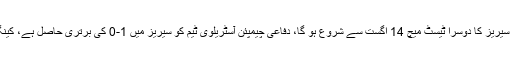
11 اگست (اے پی پی) انگلینڈ اور آسٹریلیا کی کرکٹ ٹیموں کے درمیان ایشز سیریز کا دوسرا ٹیسٹ میچ 14 اگست سے شروع ہو گا، دفاعی چیمپئن آسٹریلوی ٹیم کو سیریز میں 1-0 کی برتری حاصل ہے، کینگروز نے پہلے ٹیسٹ میچ میں میزبان ٹیم کو 251 رنز سے شکست دی تھی۔